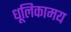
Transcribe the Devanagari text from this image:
धूलिकामय